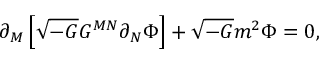
\partial _ { M } \left[ \sqrt { - G } G ^ { M N } \partial _ { N } \Phi \right] + \sqrt { - G } m ^ { 2 } \Phi = 0 ,